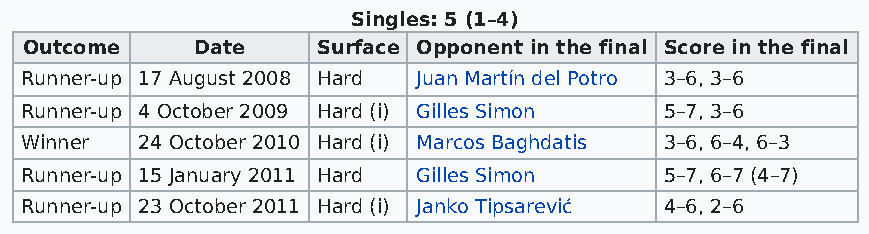
Singles: 5 (1–4)
 Outcome    Date    Surface Opponent in the final Score in the final
 Runner-up 17 August 2008 Hard Juan Martín del Potro 3–6, 3–6
 Runner-up 4 October 2009 Hard (i) Gilles Simon 5–7, 3–6
 Winner  24 October 2010 Hard (i) Marcos Baghdatis 3–6, 6–4, 6–3
 Runner-up 15 January 2011 Hard Gilles Simon 5–7, 6–7 (4–7)
 Runner-up 23 October 2011 Hard (i) Janko Tipsarević 4–6, 2–6